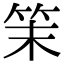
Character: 𥬎